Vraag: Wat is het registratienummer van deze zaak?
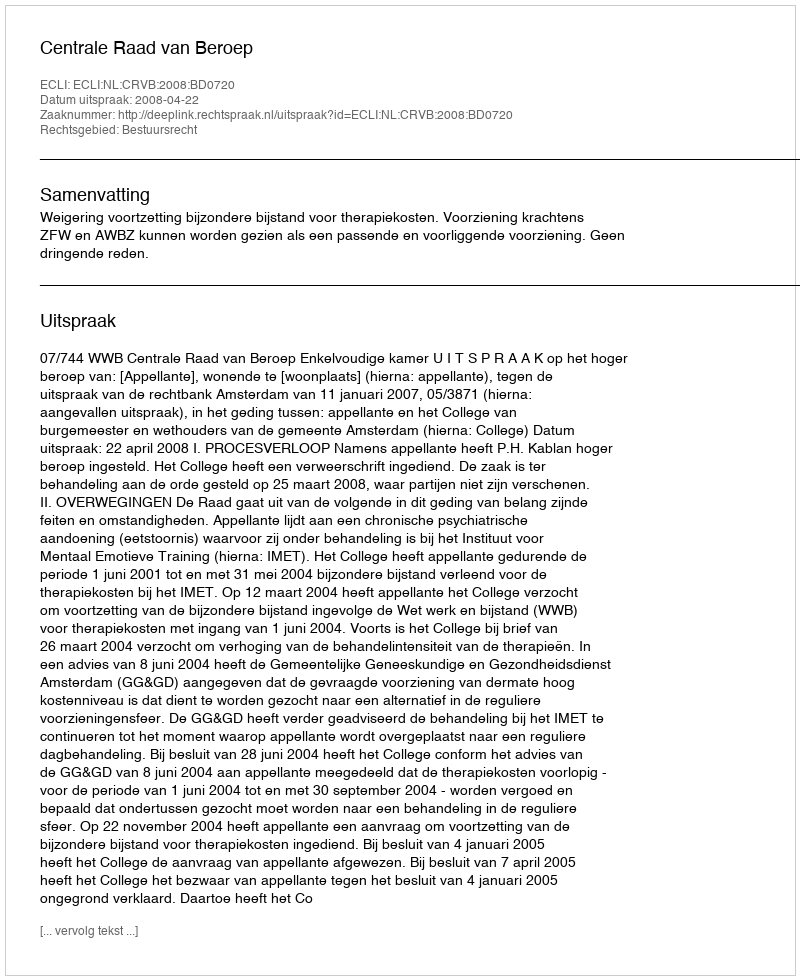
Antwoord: http://deeplink.rechtspraak.nl/uitspraak?id=ECLI:NL:CRVB:2008:BD0720